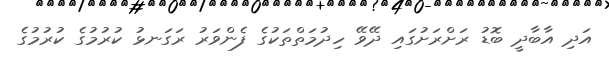
އަދި އާބާދީ ބޮޑު ރަށްރަށުގައި ދޭވޭ ހިދުމަތްތަކުގެ ފެންވަރު ރަގަނޅު ކުރުމުގެ ކުރުމުގެ